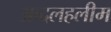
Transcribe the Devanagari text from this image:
अब्दलहलीम